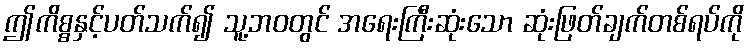
ဤကိစ္စနှင့်ပတ်သက်၍ သူ့ဘဝတွင် အရေးကြီးဆုံးသော ဆုံးဖြတ်ချက်တစ်ရပ်ကို